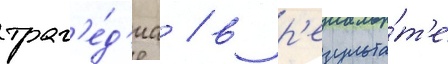
траг'е́д'иа / в р'езульта́т'е